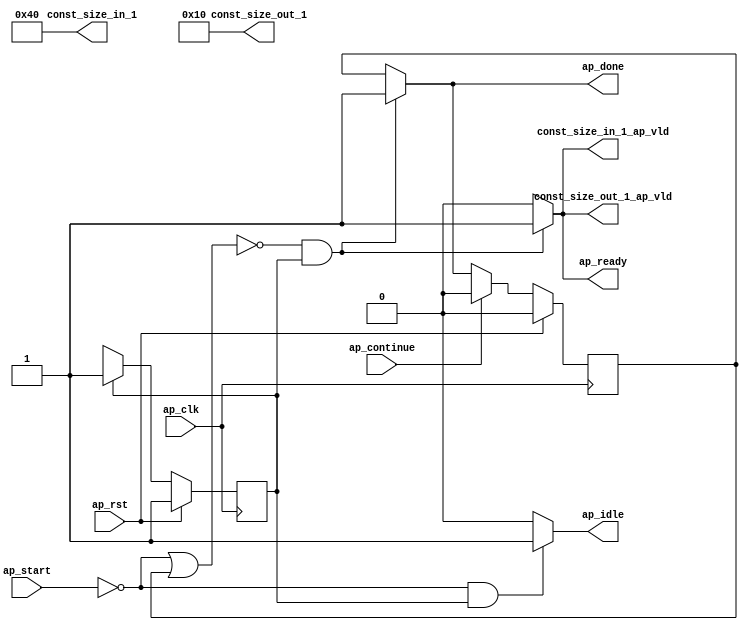
module Block_proc (
        ap_clk,
        ap_rst,
        ap_start,
        ap_done,
        ap_continue,
        ap_idle,
        ap_ready,
        const_size_in_1,
        const_size_in_1_ap_vld,
        const_size_out_1,
        const_size_out_1_ap_vld
);

parameter    ap_ST_fsm_state1 = 1'd1;

input   ap_clk;
input   ap_rst;
input   ap_start;
output   ap_done;
input   ap_continue;
output   ap_idle;
output   ap_ready;
output  [15:0] const_size_in_1;
output   const_size_in_1_ap_vld;
output  [15:0] const_size_out_1;
output   const_size_out_1_ap_vld;

reg ap_done;
reg ap_idle;
reg ap_ready;
reg const_size_in_1_ap_vld;
reg const_size_out_1_ap_vld;

reg    ap_done_reg;
(* fsm_encoding = "none" *) reg   [0:0] ap_CS_fsm;
wire    ap_CS_fsm_state1;
reg    ap_block_state1;
reg   [0:0] ap_NS_fsm;

// power-on initialization
initial begin
#0 ap_done_reg = 1'b0;
#0 ap_CS_fsm = 1'd1;
end

always @ (posedge ap_clk) begin
    if (ap_rst == 1'b1) begin
        ap_CS_fsm <= ap_ST_fsm_state1;
    end else begin
        ap_CS_fsm <= ap_NS_fsm;
    end
end

always @ (posedge ap_clk) begin
    if (ap_rst == 1'b1) begin
        ap_done_reg <= 1'b0;
    end else begin
        if ((ap_continue == 1'b1)) begin
            ap_done_reg <= 1'b0;
        end else if ((~((ap_start == 1'b0) | (ap_done_reg == 1'b1)) & (1'b1 == ap_CS_fsm_state1))) begin
            ap_done_reg <= 1'b1;
        end
    end
end

always @ (*) begin
    if ((~((ap_start == 1'b0) | (ap_done_reg == 1'b1)) & (1'b1 == ap_CS_fsm_state1))) begin
        ap_done = 1'b1;
    end else begin
        ap_done = ap_done_reg;
    end
end

always @ (*) begin
    if (((ap_start == 1'b0) & (1'b1 == ap_CS_fsm_state1))) begin
        ap_idle = 1'b1;
    end else begin
        ap_idle = 1'b0;
    end
end

always @ (*) begin
    if ((~((ap_start == 1'b0) | (ap_done_reg == 1'b1)) & (1'b1 == ap_CS_fsm_state1))) begin
        ap_ready = 1'b1;
    end else begin
        ap_ready = 1'b0;
    end
end

always @ (*) begin
    if ((~((ap_start == 1'b0) | (ap_done_reg == 1'b1)) & (1'b1 == ap_CS_fsm_state1))) begin
        const_size_in_1_ap_vld = 1'b1;
    end else begin
        const_size_in_1_ap_vld = 1'b0;
    end
end

always @ (*) begin
    if ((~((ap_start == 1'b0) | (ap_done_reg == 1'b1)) & (1'b1 == ap_CS_fsm_state1))) begin
        const_size_out_1_ap_vld = 1'b1;
    end else begin
        const_size_out_1_ap_vld = 1'b0;
    end
end

always @ (*) begin
    case (ap_CS_fsm)
        ap_ST_fsm_state1 : begin
            ap_NS_fsm = ap_ST_fsm_state1;
        end
        default : begin
            ap_NS_fsm = 'bx;
        end
    endcase
end

assign ap_CS_fsm_state1 = ap_CS_fsm[32'd0];

always @ (*) begin
    ap_block_state1 = ((ap_start == 1'b0) | (ap_done_reg == 1'b1));
end

assign const_size_in_1 = 16'd64;

assign const_size_out_1 = 16'd16;

endmodule